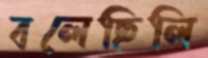
বলেছিলি